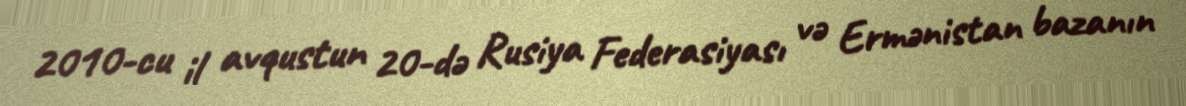
2010-cu il avqustun 20-də Rusiya Federasiyası və Ermənistan bazanın